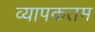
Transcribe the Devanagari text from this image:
व्यापकतम